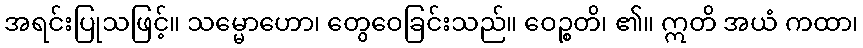
အရင်းပြုသဖြင့်။ သမ္မောဟော၊ တွေဝေခြင်းသည်။ ဝေဉ္စတိ၊ ၏။ ဣတိ အယံ ကထာ၊